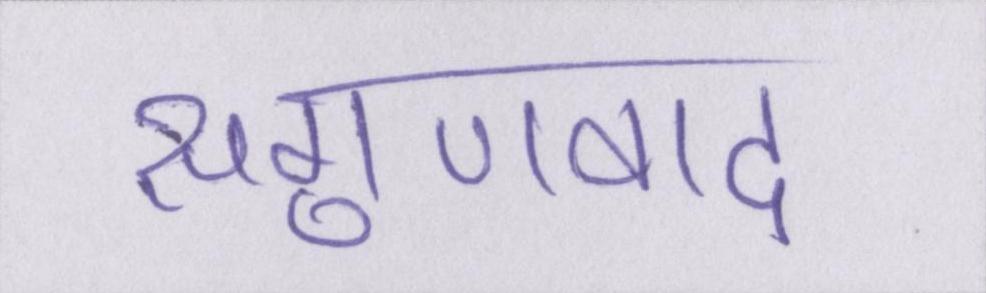
सगुणवाद